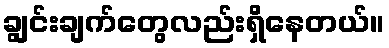
ချွင်းချက်တွေလည်းရှိနေတယ်။